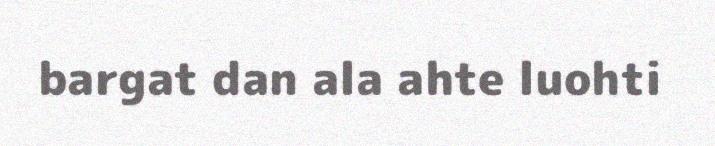
bargat dan ala ahte luohti